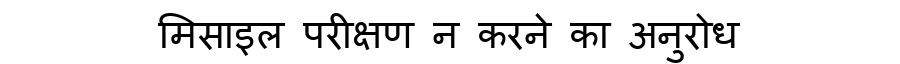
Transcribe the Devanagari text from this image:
मिसाइल परीक्षण न करने का अनुरोध